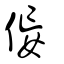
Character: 侫